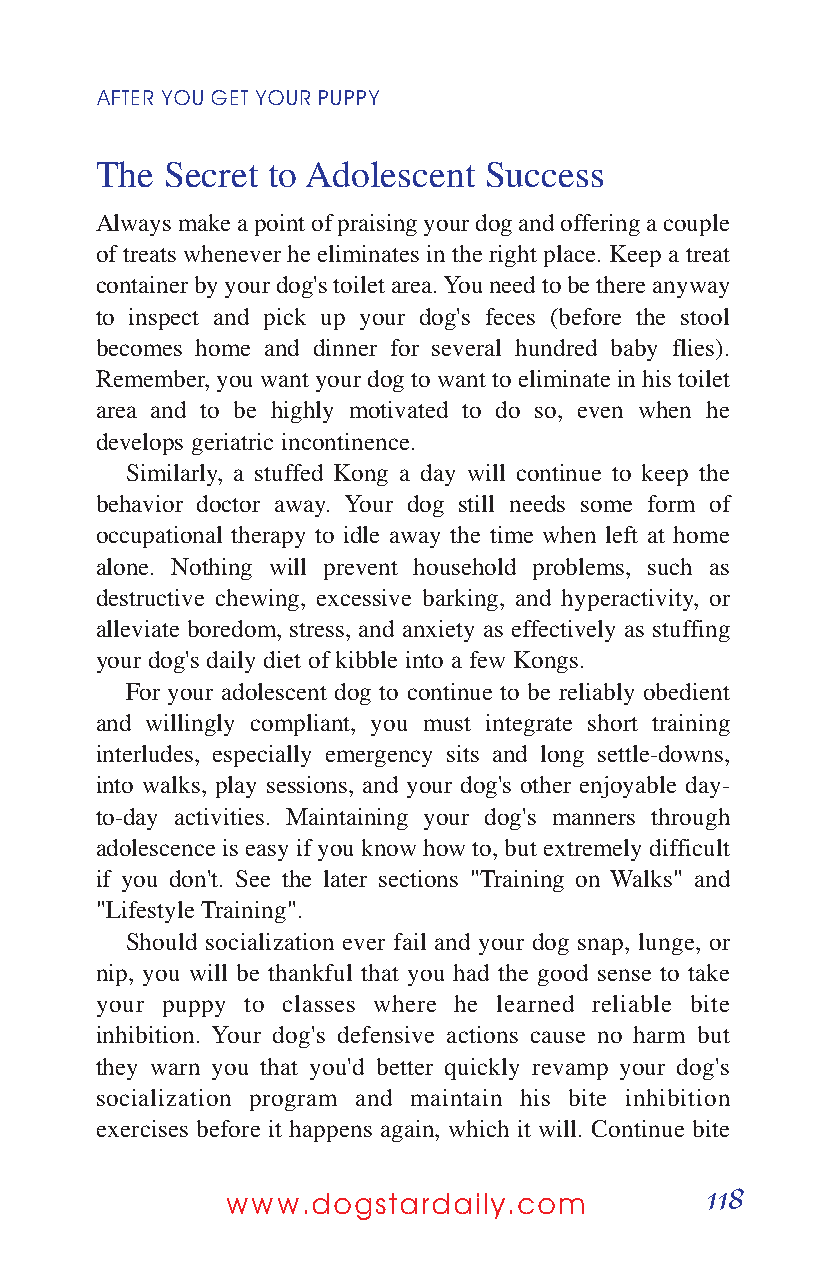
AFTER YOUGETYOURPUPPY
 The  Secret to Adolescent Success
 Always make a point of praising your dog and offering a couple
 of treats whenever he eliminates in the right place. Keep a treat
 container by your dog's toilet area. You need to be there anyway
 to inspect and pick up your dog's feces (before the stool
 becomes home and dinner for several hundred baby flies).
 Remember, you want your dog to want to eliminate in his toilet
 area and to be highly motivated to do so, even when he
 develops geriatric incontinence.
 Similarly, a stuffed Kong a day will continue to keep the
 behavior doctor away. Your dog still needs some form of
 occupational therapy to idle away the time when left at home
 alone. Nothing will prevent household problems, such as
 destructive chewing, excessive barking, and hyperactivity, or
 alleviate boredom, stress, and anxiety as effectively as stuffing
 your dog's daily diet of kibble into a few Kongs.
 For your adolescent dog to continue to be reliably obedient
 and willingly compliant, you must integrate short training
 interludes, especially emergency sits and long settle-downs,
 into walks, play sessions, and your dog's other enjoyable day-
 to-day activities. Maintaining your dog's manners through
 adolescence is easy if you know how to, but extremely difficult
 if you don't. See the later sections "Training on Walks" and
 "Lifestyle Training".
 Should socialization ever fail and your dog snap, lunge, or
 nip, you will be thankful that you had the good sense to take
 your puppy to classes where he learned reliable bite
 inhibition. Your dog's defensive actions cause no harm but
 they warn you that you'd better quickly revamp your dog's
 socialization program and maintain his bite inhibition
 exercises before it happens again, which it will. Continue bite
 118
 www.dogstardaily.com